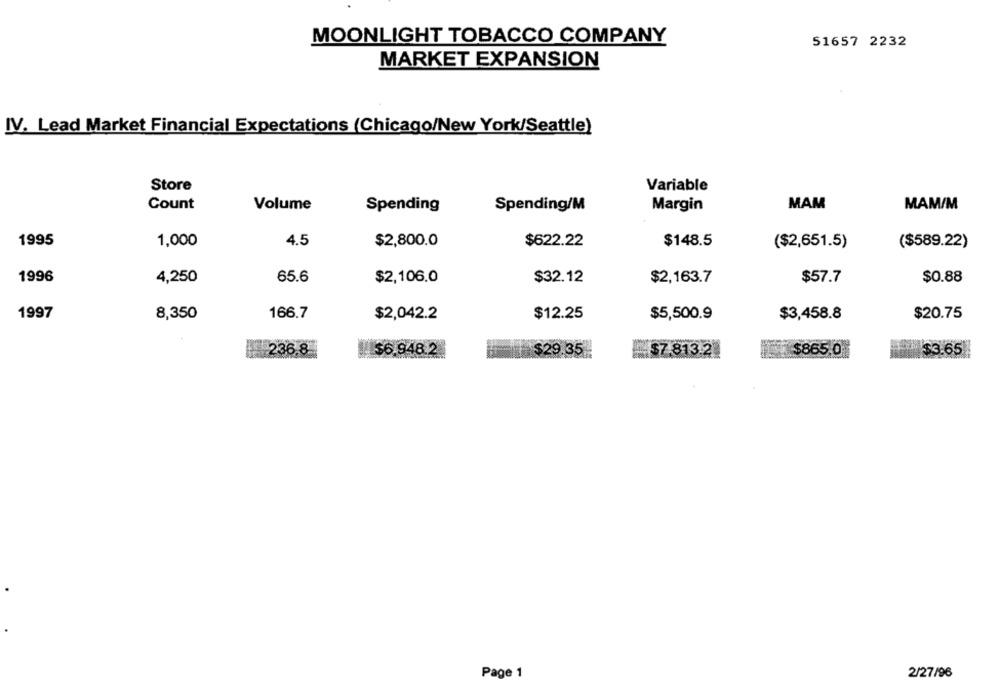
MOONLIGHT TOBACCO COMPANY
51657 2232
MARKET EXPANSION
IV. Lead Market Financial Expectations (Chicago/New York/Seattle)
Store
Variable
Count
Volume
Spending
Spending/M
Margin
MAM
MAM/M
1995
1,000
4.5
$622.22
$148.5
$2,800.0
($2,651.5)
($589.22)
1996
4,250
65.6
$2,106.0
$32.12
$2,163.7
$57.7
$0.88
1997
8,350
166.7
$2,042.2
$12.25
$5,500.9
$3,458.8
$20.75
236.8
$6.948.2
$29.35
$7.813.21
$865.0
$3.65
Page 1
2/27/96